King Institute of Preventive Medicine Bacteriolog. Section reports 1907-08
Year: 1907
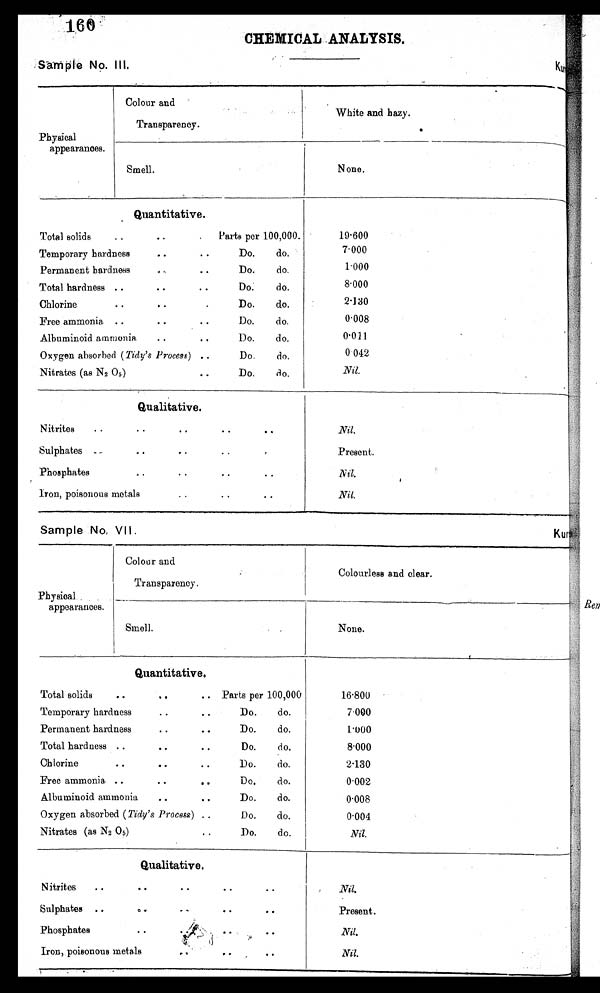
160
CHEMICAL _ANALYSIS.
Sample No. III.
Colour and
Transparency.
Physical
appearances.
Smell.
White and hazy.
____
_
None.
Quantitative.
Total solids
Parts per 100,000
Temporary hardness
Do.
do.
Permanent hardness
Do.
do.
Total hardness
Do.
do.
Chlorine
Do.
do.
Free ammonia
Do.
d o.
Albuminoid ammonia
Do.
do.
Oxygen absorbed (Tidy's Process)
Do.
do.
Nitrates (as N2 05)
Do.
d o.
19.600
7.000
1.000
8.000
2.130
0.008
0.011
0 042
Nil.
Qualitative.
Nitrites
Sulphates
Phosphates
iron, poisonous metals
Nil.
Present.
Nil.
Nil.
Sample No, VII.
Colour and
Transparency.
Physical
appearances.
Smell.
Colourless and clear.
—
None.
Quantitative.
Total solids
Parts per 100,000
Temporary hardness
Do.
do.
• •
Permanent hardnees
Do.
do.
Total hardness
Do.
do.
.
Chlorine
Do.
do.
Free ammonia
Do.
do.
Albuminoid ammonia
Do.
do.
Oxygen absorbed (Tidy's Process)
Do.
do.
Nitrates (as N2 05)
Do.
do.
• 16.800
• 7.000
• 1.000
• 8.000
• 2.130
• 0.002
•
• 0.008
• 0.004
• Nil.
Qualitative.
Nitrites
Sulphates
Phosphates
Iron, poisonous metals
Nil.
Present.
Nil.
Nil.